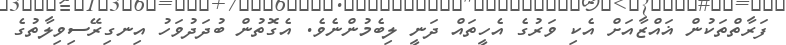
ފަރާތްތަކުން ޣައްޒާއަށް އެކި ވަރުގެ އެހީތައް ދަނީ ލިބެމުންނެވެ. އެގޮތުން ބުދަދުވަހު އިނގިރޭސިވިލާތުގެ